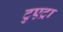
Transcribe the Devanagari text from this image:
टुएट्रा